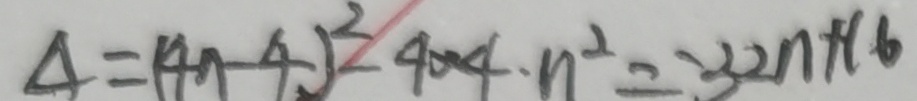
\Delta = ( 4 n - 4 ) ^ { 2 } - 4 \times 4 . n ^ { 2 } = - 3 2 n + 1 6